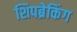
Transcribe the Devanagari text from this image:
शिपब्रेकिंग